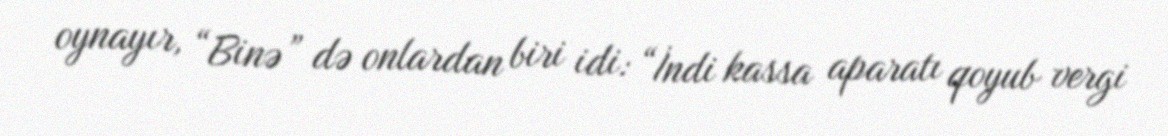
oynayır, “Binə” də onlardan biri idi: “İndi kassa aparatı qoyub vergi